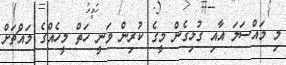
މި މައްސަލަ އާއި ގުޅިގެން މީގެ ކުރިން ވަނީ ހަތް މީހެއްގެ މައްޗަށް